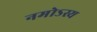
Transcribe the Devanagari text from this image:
नमोऽस्य